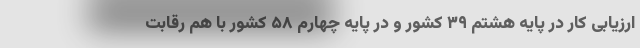
ارزیابی کار در پایه هشتم ٣٩ کشور و در پایه چهارم ۵٨ کشور با هم رقابت